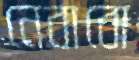
নেবাবো